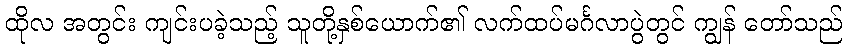
ထိုလ အတွင်း ကျင်းပခဲ့သည့် သူတို့နှစ်ယောက်၏ လက်ထပ်မင်္ဂလာပွဲတွင် ကျွန် တော်သည်